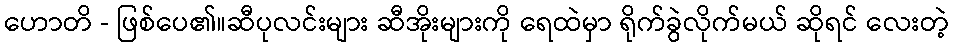
ဟောတိ - ဖြစ်ပေ၏။ဆီပုလင်းများ ဆီအိုးများကို ရေထဲမှာ ရိုက်ခွဲလိုက်မယ် ဆိုရင် လေးတဲ့